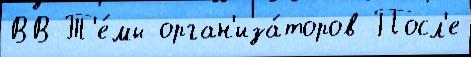
ВВ Т'е́мы орган'иза́торов Посл'е